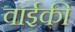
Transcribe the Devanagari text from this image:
वाईकी